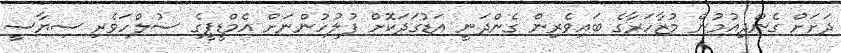
ދަށަށް ގެންދިއުމުން މުޒާހަރާގެ ބައިވެރިން ގެންދަނީ އަޑުގަދަކޮށް ފުލުހުންނަށް އެމްޑީޕީގެ ސުލްހަވެރި ސިޔާސީ